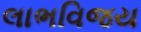
લાભવિજય